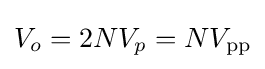
V_{o}=2NV_{p}=NV_{\text{pp}}